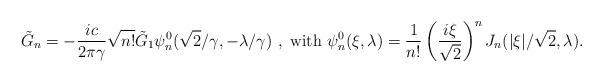
LaTeX: \begin{align*}\tilde{G}_n = -\frac{ic}{2\pi\gamma} \sqrt{n!} \tilde{G}_1 \psi_n^0(\sqrt{2}/\gamma,-\lambda/\gamma)~,~\mbox{with}~\psi_n^0(\xi,\lambda) = \frac{1}{n!}\left(\frac{i\xi}{\sqrt{2}}\right)^{n}J_n(|\xi|/\sqrt{2},\lambda) .\end{align*}